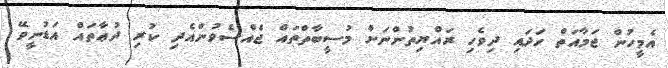
އެމީހުން ޖަމާއަތް ހަދައި ދިވެހި ރައްޔިތުންނަށް މުސީބާތްތައް ޖެއްސެވުންއެދި ކުރި ދުޢާތައް އަޑުނީވޭ